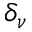
\delta _ { \nu }